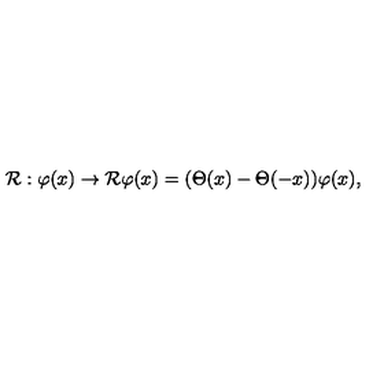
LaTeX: { \cal R } : \varphi ( x ) \rightarrow { \cal R } \varphi ( x ) = ( \Theta ( x ) - \Theta ( - x ) ) \varphi ( x ) ,